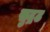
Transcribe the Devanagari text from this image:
सुद्रढ